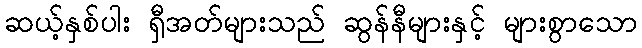
ဆယ့်နှစ်ပါး ရှီအတ်များသည် ဆွန်နီများနှင့် များစွာသော